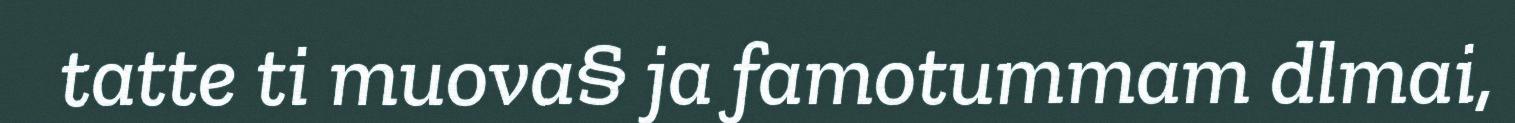
tatte ti muova§ ja famotummam dlmai,